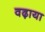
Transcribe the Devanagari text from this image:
वढ़ाया